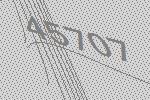
45707